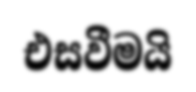
එසවීමයි